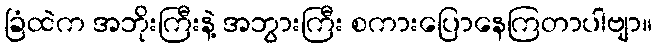
ခြံထဲက အဘိုးကြီးနဲ့ အဘွားကြီး စကားပြောနေကြတာပါဗျာ။